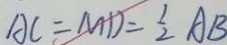
A C = M D = \frac { 1 } { 2 } A B